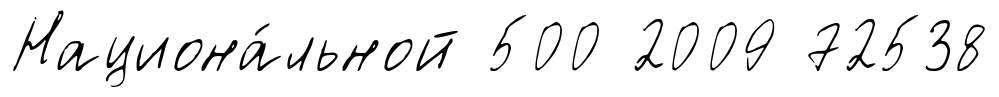
Национа́льной 500 2009 72538